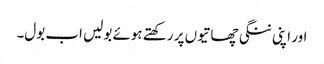
اور اپنی ننگی چھاتیوں پر رکھتے ہوئے بولیں اب بول۔